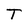
Character: T